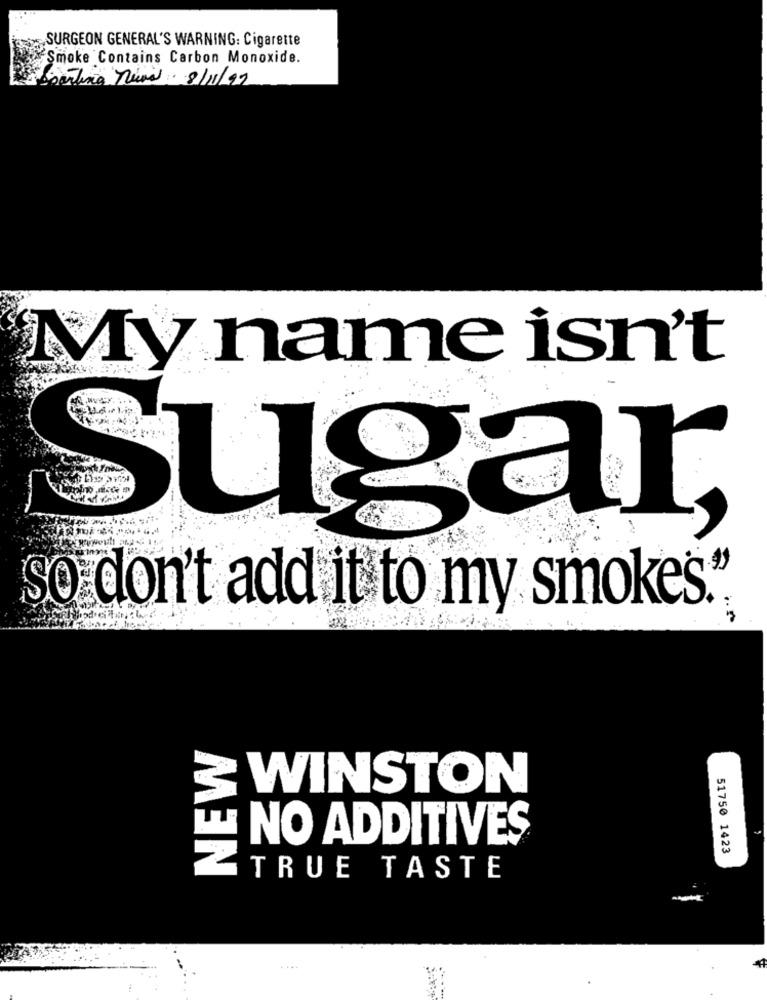
SURGEON GENERAL'S WARNING: Cigarette
Smoke Contains Carbon Monoxide.
parting Nevral: 8/11/99
My name isn't
Sugar
so don't add it to my smokes."
& WINSTON
TT
NO ADDITIVES
51750 1423
TRUE TASTE
....